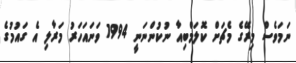
ނަމަވެސް މިރޭގެ މެޗަށް ކޮލަމްބިއާ ނުކުންނަނީ 1994 ވަނައަހަރު މަރާލި އެ ގައުމުގެ